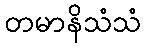
တမာနိသံသံ